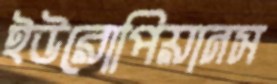
ইউরোপিয়ানস